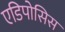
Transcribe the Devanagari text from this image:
एडिपोसिस